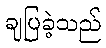
ချပြခဲ့သည်